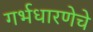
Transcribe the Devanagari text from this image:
गर्भधारणेचे